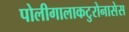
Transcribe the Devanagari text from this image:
पोलीगालाकटुरोनासेस